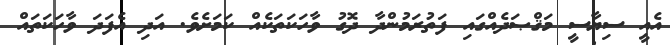
އެއީ ސިޔާސީ މަޤްޞަދެއްގައި ފަތުރަމުންދާ ދޮގު ވާހަކަތަކެއް ކަމަށެވެ. އަދި އެފަދަ ވާހަކަތައް